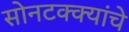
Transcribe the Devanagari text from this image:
सोनटक्क्यांचे